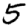
Digit: 5